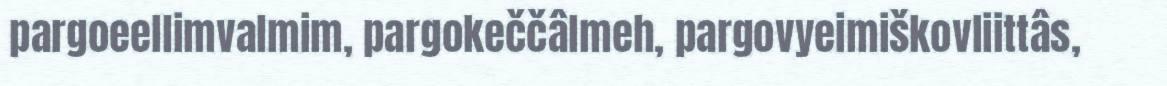
pargoeellimvalmim, pargokeččâlmeh, pargovyeimiškovliittâs,